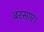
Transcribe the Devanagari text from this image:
बरसाए।